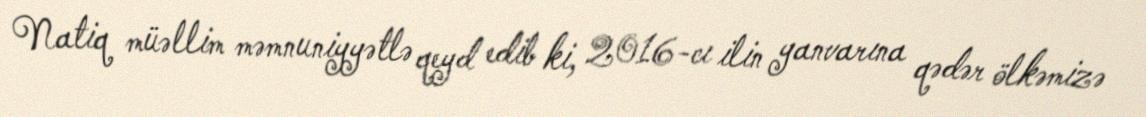
Natiq müəllim məmnuniyyətlə qeyd edib ki, 2016-cı ilin yanvarına qədər ölkəmizə